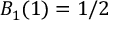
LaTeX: B _ { 1 } ( 1 ) = 1 / 2